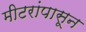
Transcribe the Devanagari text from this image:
मीटरांपासून